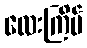
လေးကြိမ်